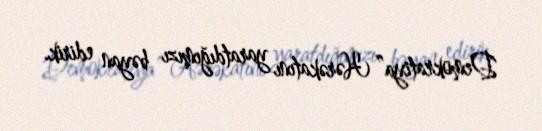
Demokratiya” Hərəkatını yaratdığımızı bəyan edirik.